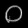
Digit: ၀